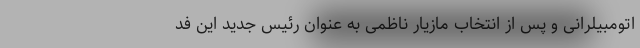
اتومبیلرانی و پس از انتخاب مازیار ناظمی به عنوان رئیس جدید این فد